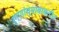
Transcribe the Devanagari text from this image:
रुग्णांच्याबाबतीत